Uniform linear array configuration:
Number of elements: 32
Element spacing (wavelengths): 0.5
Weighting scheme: blackman
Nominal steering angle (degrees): -45
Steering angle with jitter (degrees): -46.48
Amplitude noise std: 0.05
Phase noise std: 0.05

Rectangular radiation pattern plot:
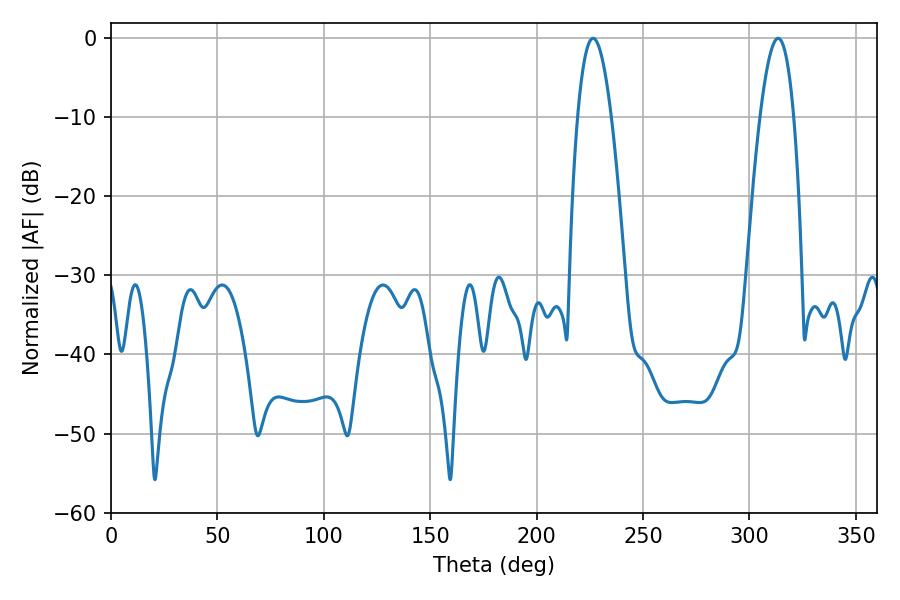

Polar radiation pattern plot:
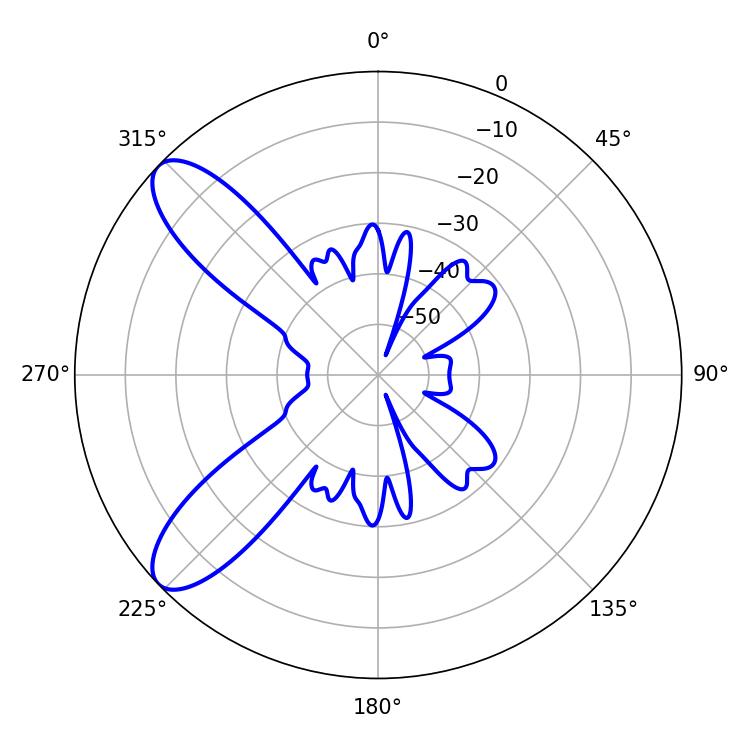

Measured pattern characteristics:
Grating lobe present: FALSE
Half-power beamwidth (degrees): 8.82
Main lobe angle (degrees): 226.44